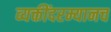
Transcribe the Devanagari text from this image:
व्यक्तींदरम्यानच